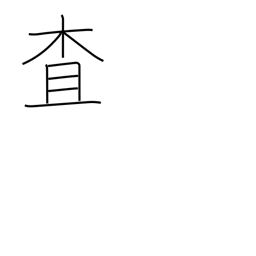
Meaning: investigate